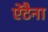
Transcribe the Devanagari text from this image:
ऐंटैना